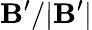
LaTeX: \mathbf{B}^{\prime}/|\mathbf{B}^{\prime}|